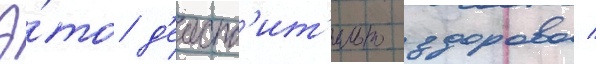
Э́то д'еиств'ит'ельно здорово /